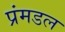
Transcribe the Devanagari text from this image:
प्रंमडल